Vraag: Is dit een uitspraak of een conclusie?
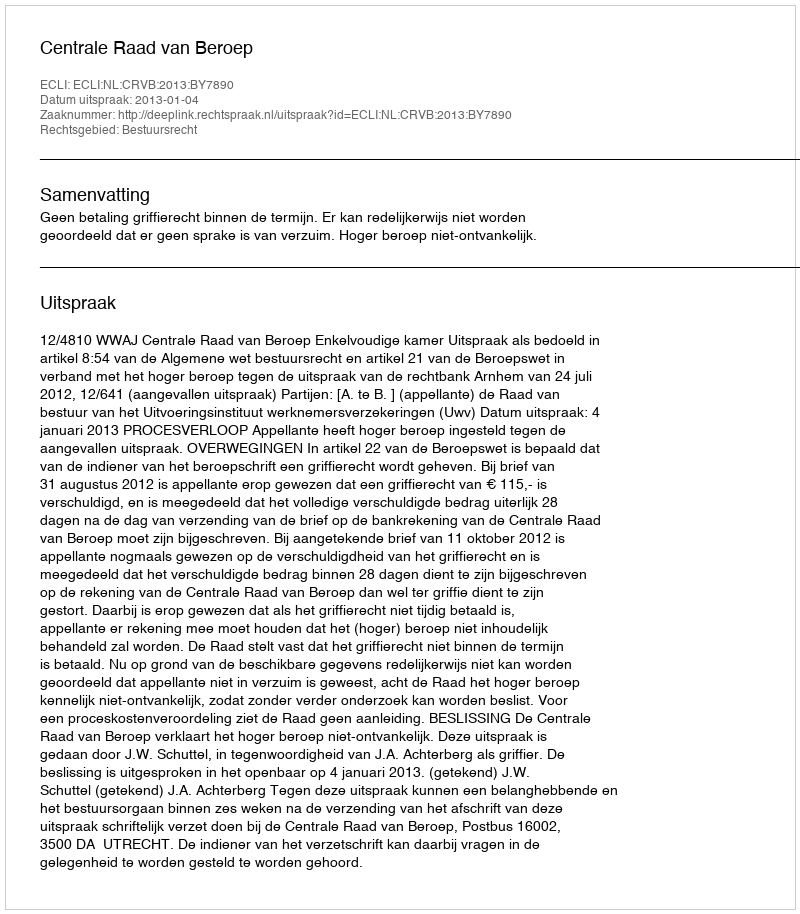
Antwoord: Uitspraak